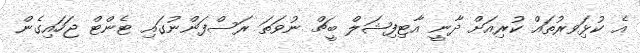
އެ ކުޅިަވރުތައް ކުރިއަށް ދާނީ އާޓިފިޝަލް ބީޗް ނުވަތަ ރަސްފަންނުގައި ޓެންޓް ޖަހައިގެން